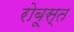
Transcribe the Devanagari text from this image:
रोबूस्त